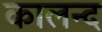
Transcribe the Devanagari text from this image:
कालन्द